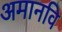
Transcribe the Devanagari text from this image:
अमानवि